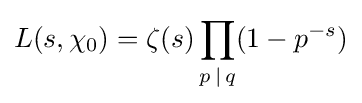
L(s,\chi _{0})=\zeta (s)\prod _{p\,|\,q}(1-p^{-s})